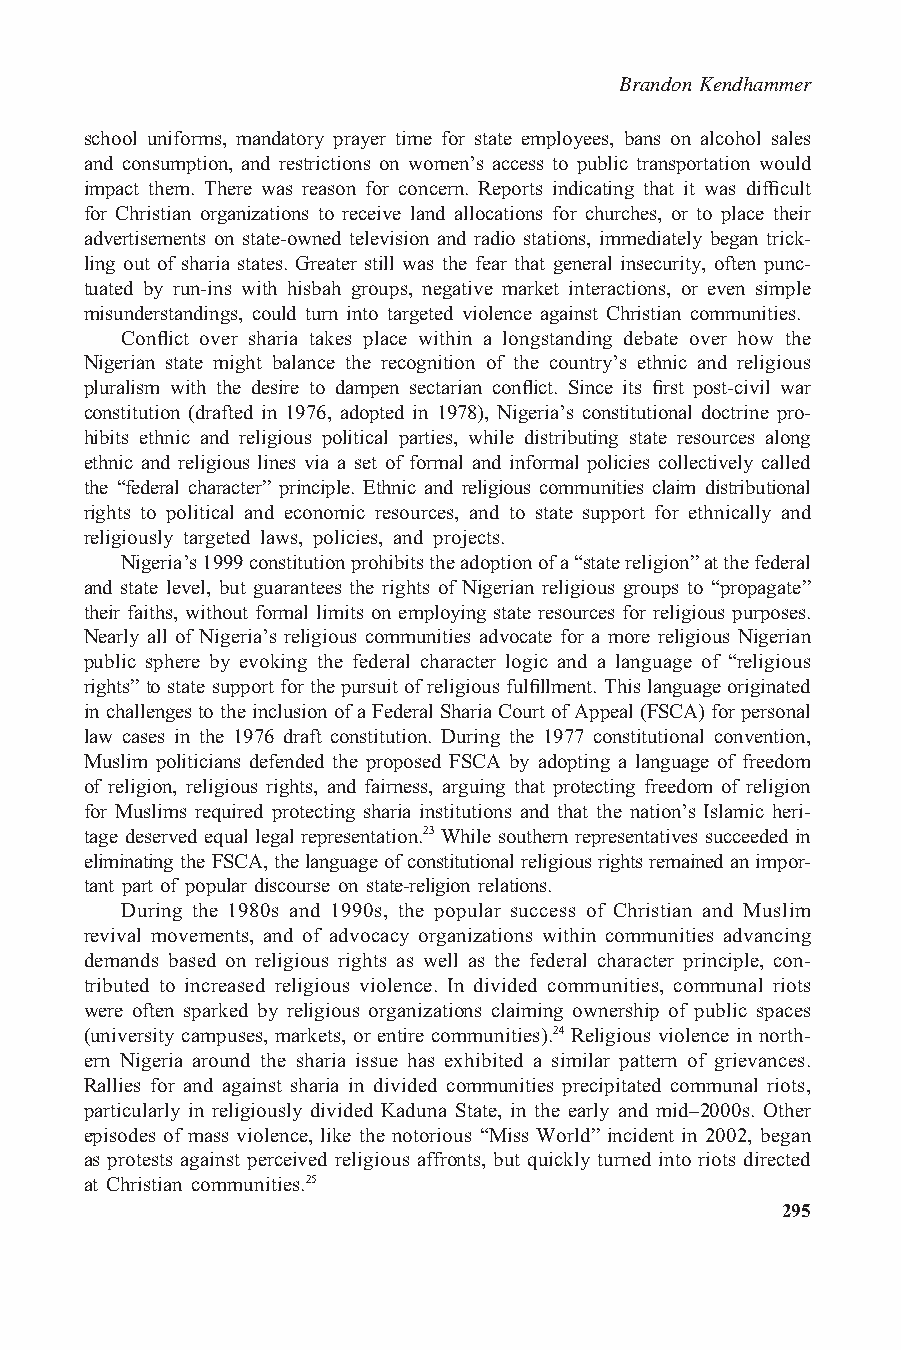
Brandon Kendhammer
 school uniforms, mandatory prayer time for state employees, bans on alcohol sales
 and consumption, and restrictions on women’s access to public transportation would
 impact them. There was reason for concern. Reports indicating that it was difficult
 for Christian organizations to receive land allocations for churches, or to place their
 advertisements on state-owned television and radio stations, immediately began trick-
 ling out of sharia states. Greater still was the fear that general insecurity, often punc-
 tuated by run-ins with hisbah groups, negative market interactions, or even simple
 misunderstandings, could turn into targeted violence against Christian communities.
 Conflict over sharia takes place within a longstanding debate over how the
 Nigerian state might balance the recognition of the country’s ethnic and religious
 pluralism with the desire to dampen sectarian conflict. Since its first post-civil war
 constitution (drafted in 1976, adopted in 1978), Nigeria’s constitutional doctrine pro-
 hibits ethnic and religious political parties, while distributing state resources along
 ethnic and religious lines via a set of formal and informal policies collectively called
 the “federal character” principle. Ethnic and religious communities claim distributional
 rights to political and economic resources, and to state support for ethnically and
 religiously targeted laws, policies, and projects.
 Nigeria’s1999constitutionprohibitstheadoptionofa“statereligion”atthefederal
 and state level, but guarantees the rights of Nigerian religious groups to “propagate”
 their faiths, without formal limits on employing state resources for religious purposes.
 Nearly all of Nigeria’s religious communities advocate for a more religious Nigerian
 public sphere by evoking the federal character logic and a language of “religious
 rights” tostatesupport for thepursuit ofreligious fulfillment. Thislanguageoriginated
 inchallengestotheinclusionofaFederalShariaCourtofAppeal(FSCA)forpersonal
 law cases in the 1976 draft constitution. During the 1977 constitutional convention,
 Muslim politicians defended the proposed FSCA by adopting a language of freedom
 of religion, religious rights, and fairness, arguing that protecting freedom of religion
 for Muslims required protecting sharia institutions and that the nation’s Islamic heri-
 tage deserved equal legal representation.23 While southern representatives succeeded in
 eliminating the FSCA, the languageof constitutionalreligious rights remained an impor-
 tant part of popular discourse on state-religion relations.
 During the 1980s and 1990s, the popular success of Christian and Muslim
 revival movements, and of advocacy organizations within communities advancing
 demands based on religious rights as well as the federal character principle, con-
 tributed to increased religious violence. In divided communities, communal riots
 were often sparked by religious organizations claiming ownership of public spaces
 (university campuses, markets, or entire communities).24 Religious violence in north-
 ern Nigeria around the sharia issue has exhibited a similar pattern of grievances.
 Rallies for and against sharia in divided communities precipitated communal riots,
 particularly in religiously divided Kaduna State, in the early and mid–2000s. Other
 episodes of mass violence, like the notorious “Miss World” incident in 2002, began
 as protests against perceived religious affronts, but quickly turned into riots directed
 at Christian communities.25
 295